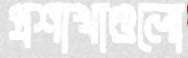
প্রশাখাগুলো